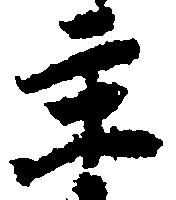
主